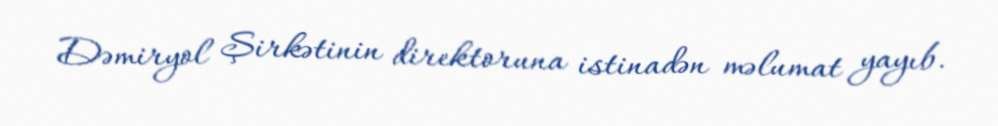
Dəmiryol Şirkətinin direktoruna istinadən məlumat yayıb.